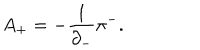
A _ { + } = - \frac { 1 } { { \partial } _ { - } } { \pi } ^ { - } .